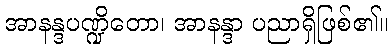
အာနန္ဒပဏ္ဍိတော၊ အာနန္ဒာ ပညာရှိဖြစ်၏။